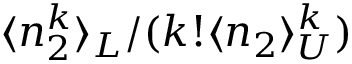
\langle n _ { 2 } ^ { k } \rangle _ { L } / ( k ! \langle n _ { 2 } \rangle _ { U } ^ { k } )